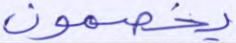
يخصمون